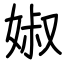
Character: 婌